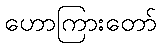
ဟောကြားတော်